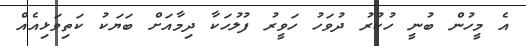
އެ މީހުން ބުނީ ހުކުރު ދުވަހު ހަވީރު ފުލުހަކާ ދިމާއަށް ބަޔަކު ކަތިވަޅިއެއް